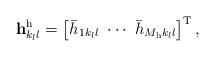
LaTeX: \begin{align*}\mathbf{h}_{k_ll}^\mathrm{h} = \left[\bar{h}_{1k_ll} \,\, \cdots \,\, \bar{h}_{M_\mathrm{h}k_ll} \right]^\mathrm{T},\end{align*}